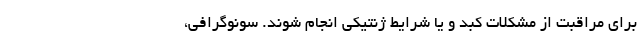
برای مراقبت از مشکلات کبد و یا شرایط ژنتیکی انجام شوند. سونوگرافی،